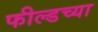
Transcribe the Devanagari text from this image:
फील्डच्या